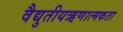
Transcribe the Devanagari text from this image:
वैद्युतीयऋणात्मकता